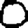
Digit: 0